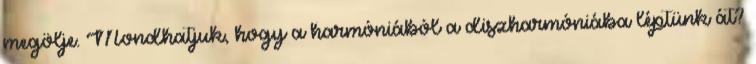
megölje. Mondhatjuk, hogy a harmóniából a diszharmóniába léptünk át?